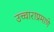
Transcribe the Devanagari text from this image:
उच्चाराप्रमाणे